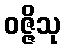
ဝဇ္ဇိသု